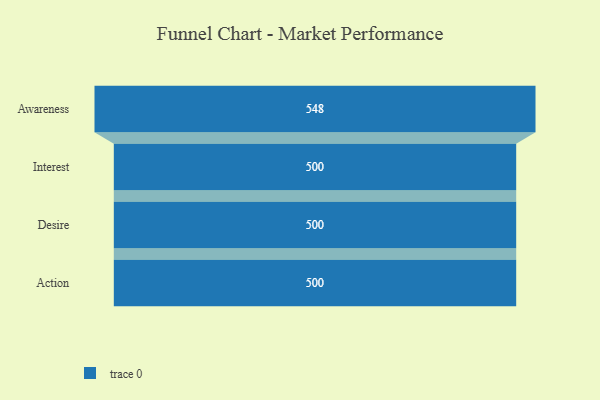
{"axis": {"x": "Stage", "y": "Value"}, "legend": [""], "data": [{"x": "Awareness", "y": 548.0, "type": ""}, {"x": "Interest", "y": 500, "type": ""}, {"x": "Desire", "y": 500, "type": ""}, {"x": "Action", "y": 500, "type": ""}]}